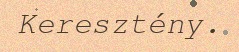
Keresztény.